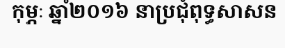
កុម្ភៈ ឆ្នាំ២០១៦ នាប្រជុំពុទ្ធសាសន